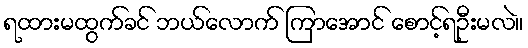
ရထားမထွက်ခင် ဘယ်လောက် ကြာအောင် စောင့်ရဦးမလဲ။